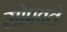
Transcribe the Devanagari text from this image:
सोपवते